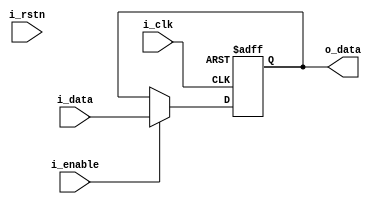
module d_ff
#(parameter N=1)(
input i_clk, i_rstn,i_enable,
input [N-1:0] i_data,
output reg [N-1:0] o_data);

always @(posedge i_clk, negedge i_rst_n) begin
	if(!i_rst_n) begin
		o_data<=0;
		end
	else begin
		if(i_enable==1)
			o_data<=i_data;
		else
		o_data<=o_data;
		end
	end
endmodule